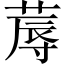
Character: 蓐